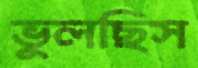
ভুলছিস